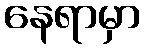
နေရာမှာ